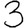
Digit: 3